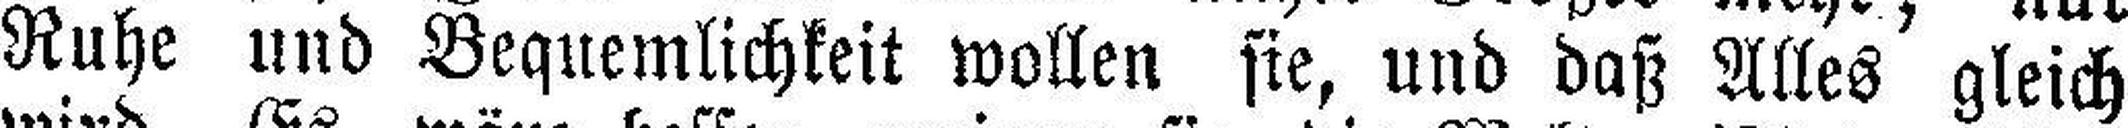
Ruhe und Bequemlichkeit wollen sie, und daß Alles gleich